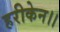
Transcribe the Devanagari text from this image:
हरीकेन।।